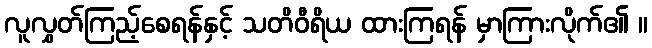
လူလွှတ်ကြည့်စေရန်နှင့် သတိဝီရိယ ထားကြရန် မှာကြားလိုက်၏ ။